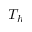
T _ { h }